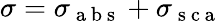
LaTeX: \sigma=\sigma_{\mathrm{~a~b~s~}}+\sigma_{\mathrm{~s~c~a~}}